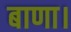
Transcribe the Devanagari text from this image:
बाणा।